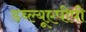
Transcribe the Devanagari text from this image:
डब्ल्यूएपीपी